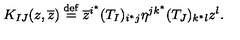
K _ { I J } ( z , \overline { z } ) \stackrel { \mathrm { \scriptsize d e f } } { = } \overline { z } ^ { i ^ { * } } ( T _ { I } ) _ { i ^ { * } j } \eta ^ { j k ^ { * } } ( T _ { J } ) _ { k ^ { * } l } z ^ { l } .